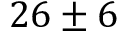
2 6 \pm 6